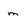
Character: m